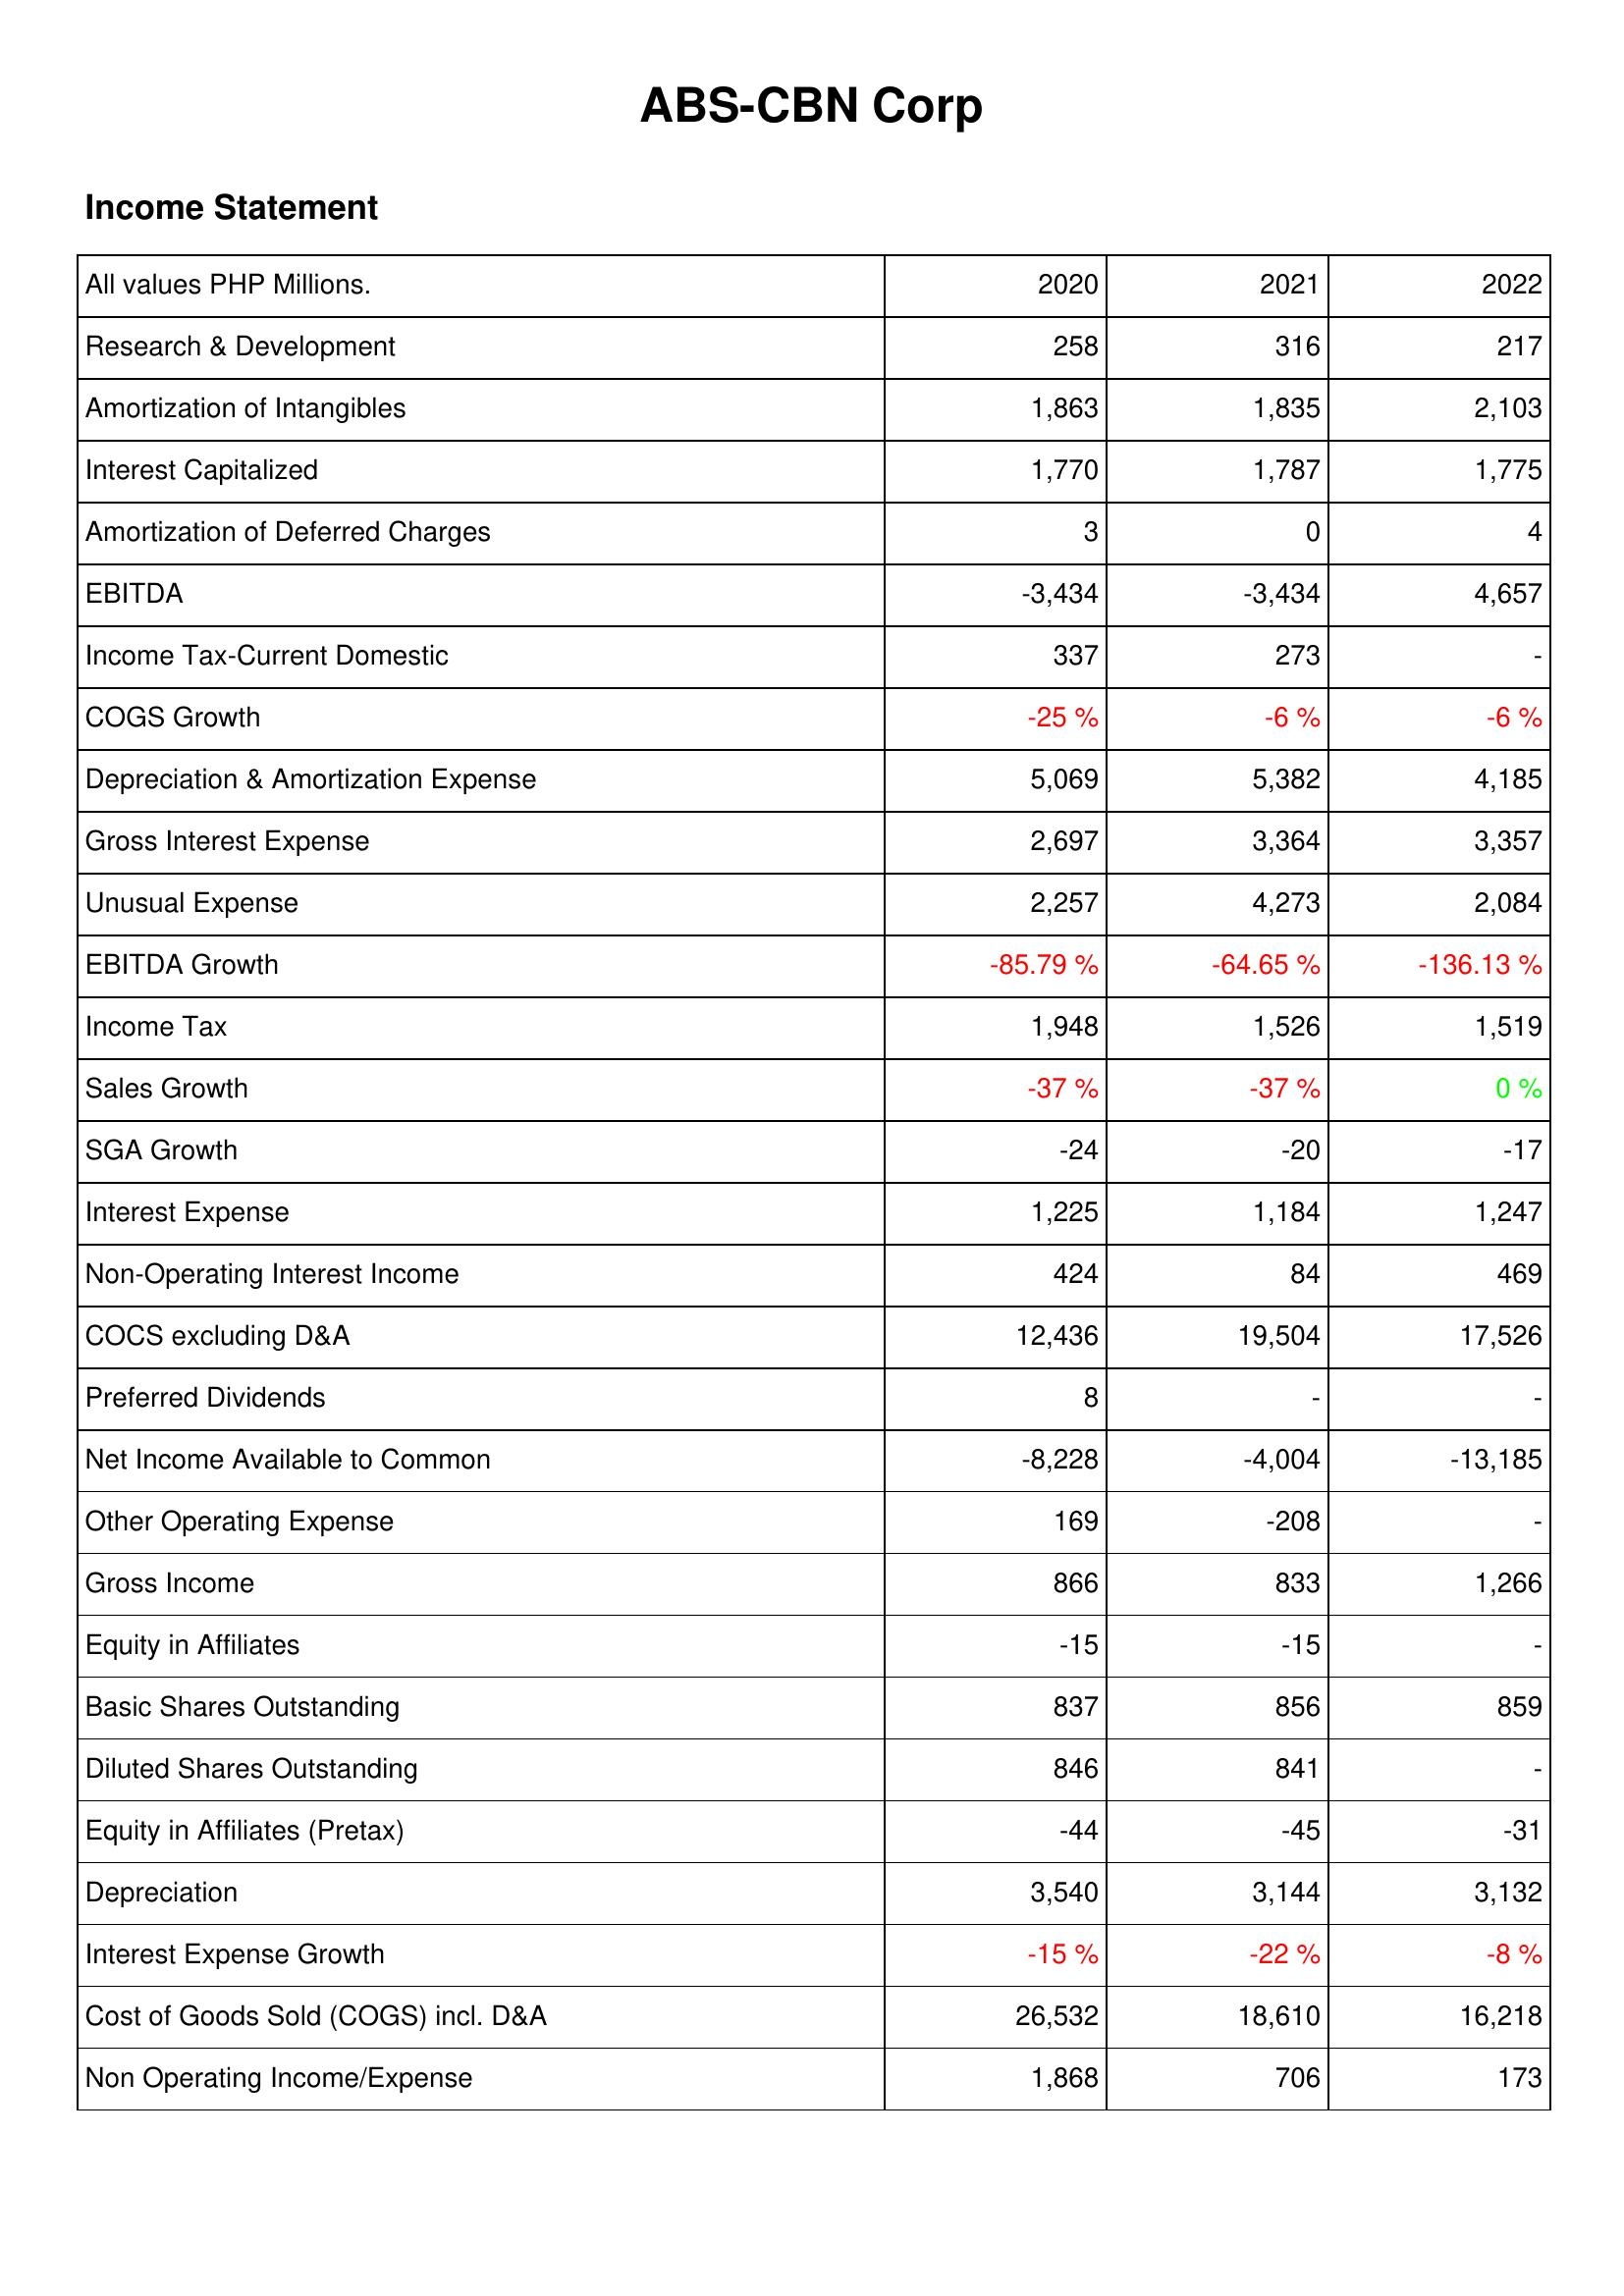
2020: Income Statement: Research & Development: 258
Amortization of Intangibles: 1,863
Interest Capitalized: 1,770
Amortization of Deferred Charges: 3
EBITDA: -3,434
Income Tax-Current Domestic: 337
COGS Growth: -25 %
Depreciation & Amortization Expense: 5,069
Gross Interest Expense: 2,697
Unusual Expense: 2,257
EBITDA Growth: -85.79 %
Income Tax: 1,948
Sales Growth: -37 %
SGA Growth: -24
Interest Expense: 1,225
Non-Operating Interest Income: 424
COCS excluding D&A: 12,436
Preferred Dividends: 8
Net Income Available to Common: -8,228
Other Operating Expense: 169
Gross Income: 866
Equity in Affiliates: -15
Basic Shares Outstanding: 837
Diluted Shares Outstanding: 846
Equity in Affiliates (Pretax): -44
Depreciation: 3,540
Interest Expense Growth: -15 %
Cost of Goods Sold (COGS) incl. D&A: 26,532
Non Operating Income/Expense: 1,868
2021: Income Statement: Research & Development: 316
Amortization of Intangibles: 1,835
Interest Capitalized: 1,787
Amortization of Deferred Charges: 0
EBITDA: -3,434
Income Tax-Current Domestic: 273
COGS Growth: -6 %
Depreciation & Amortization Expense: 5,382
Gross Interest Expense: 3,364
Unusual Expense: 4,273
EBITDA Growth: -64.65 %
Income Tax: 1,526
Sales Growth: -37 %
SGA Growth: -20
Interest Expense: 1,184
Non-Operating Interest Income: 84
COCS excluding D&A: 19,504
Preferred Dividends: -
Net Income Available to Common: -4,004
Other Operating Expense: -208
Gross Income: 833
Equity in Affiliates: -15
Basic Shares Outstanding: 856
Diluted Shares Outstanding: 841
Equity in Affiliates (Pretax): -45
Depreciation: 3,144
Interest Expense Growth: -22 %
Cost of Goods Sold (COGS) incl. D&A: 18,610
Non Operating Income/Expense: 706
2022: Income Statement: Research & Development: 217
Amortization of Intangibles: 2,103
Interest Capitalized: 1,775
Amortization of Deferred Charges: 4
EBITDA: 4,657
Income Tax-Current Domestic: -
COGS Growth: -6 %
Depreciation & Amortization Expense: 4,185
Gross Interest Expense: 3,357
Unusual Expense: 2,084
EBITDA Growth: -136.13 %
Income Tax: 1,519
Sales Growth: 0 %
SGA Growth: -17
Interest Expense: 1,247
Non-Operating Interest Income: 469
COCS excluding D&A: 17,526
Preferred Dividends: -
Net Income Available to Common: -13,185
Other Operating Expense: -
Gross Income: 1,266
Equity in Affiliates: -
Basic Shares Outstanding: 859
Diluted Shares Outstanding: -
Equity in Affiliates (Pretax): -31
Depreciation: 3,132
Interest Expense Growth: -8 %
Cost of Goods Sold (COGS) incl. D&A: 16,218
Non Operating Income/Expense: 173